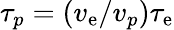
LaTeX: \tau_{p}=(v_{\mathrm{e}}/v_{p})\tau_{\mathrm{e}}